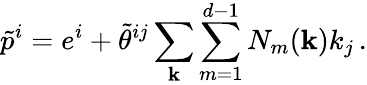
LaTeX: \tilde{p}^{i}=e^{i}+\tilde{\theta}^{ij}\sum_{\mathbf k}\sum_{m=1}^{d-1}N_{m}({\mathbf k})k_{j}\, .